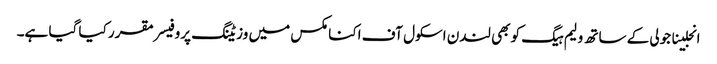
انجلینا جولی کے ساتھ ولیم ہیگ کو بھی لندن اسکول آف اکنامکس میں وزیٹنگ پروفیسر مقرر کیا گیا ہے۔